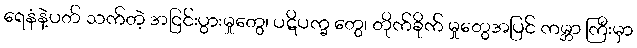
ရေနံနဲ့ပတ် သက်တဲ့ အငြင်းပွားမှုတွေ၊ ပဋိပက္ခ တွေ၊ တိုက်ခိုက် မှုတွေအပြင် ကမ္ဘာ ကြီးမှာ